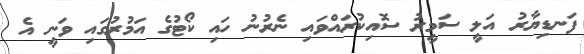
ފަނޑިޔާރު އަލީ ސަމީރު ސޮއިކުރައްވައި ނެރުނު ހައި ކޯޓުގެ އަމުރުގައި ވަނީ އެ